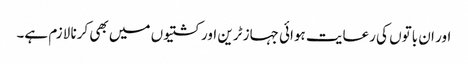
اور ان باتوں کی رعایت ہوائی جہاز ٹرین اور کشتیوں میں بھی کرنا لازم ہے۔